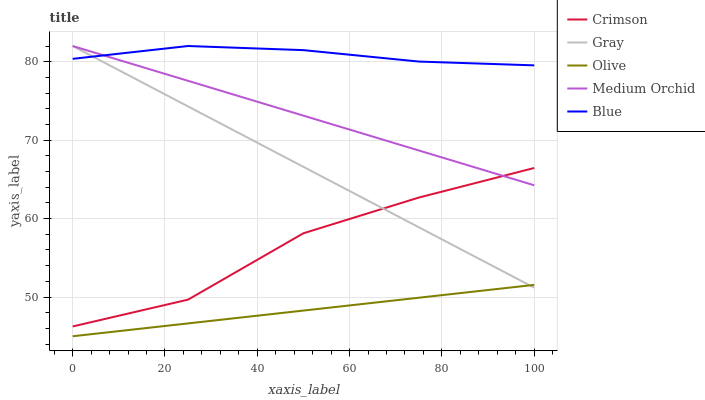
| xaxis_label | Crimson | Gray | Olive | Medium Orchid | Blue |
 | --- | --- | --- | --- | --- | --- |
 | 0 | 46.2 | 82 | 45 | 82 | 80.4 |
 | 25 | 49.7 | 74.3 | 46.6 | 77.6 | 82 |
 | 50 | 58.1 | 66.6 | 48.3 | 73.1 | 81.5 |
 | 75 | 62.7 | 58.9 | 49.9 | 68.7 | 80 |
 | 100 | 66.5 | 51.2 | 51.5 | 64.2 | 79.5 |